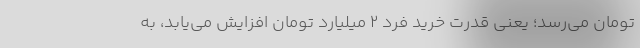
تومان می‌رسد؛ یعنی قدرت خرید فرد ۲ میلیارد تومان افزایش می‌یابد، به